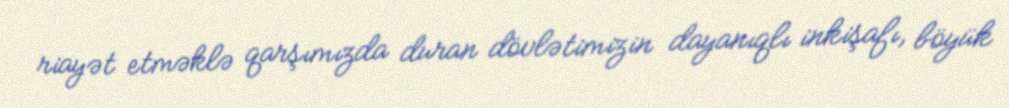
riayət etməklə qarşımızda duran dövlətimizin dayanıqlı inkişafı, böyük